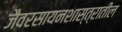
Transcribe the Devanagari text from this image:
जैवरसायनशास्त्रातील